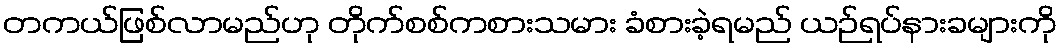
တကယ်ဖြစ်လာမည်ဟု တိုက်စစ်ကစားသမား ခံစားခဲ့ရမည် ယဉ်ရပ်နားခများကို